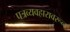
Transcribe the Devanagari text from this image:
पत्रव्यवहारावरून